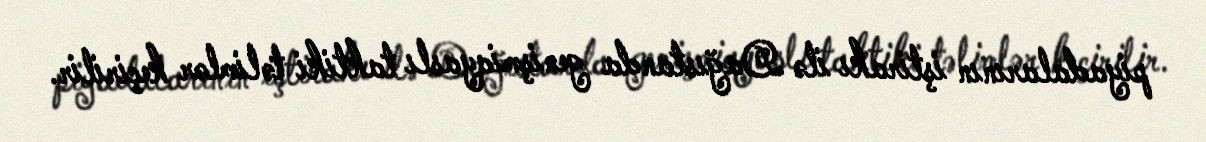
piyadalarının iştirakı ilə Dağıstanda genişmiqyaslı taktiki təlimlər keçirilir.